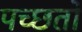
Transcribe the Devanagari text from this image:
पच्छतो